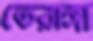
তেরাঙ্গা